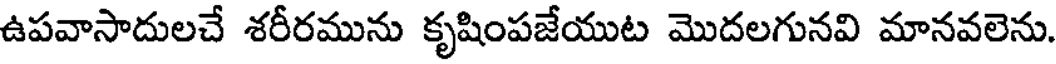
ఉపవాసాదులచే శరీరమును కృషింపజేయుట మొదలగునవి మానవలెను.